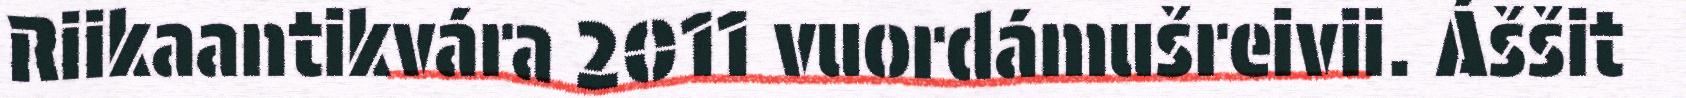
Riikaantikvára 2011 vuordámušreivii. Áššit